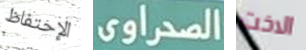
الإحتفاظ الصحراوى الاخت